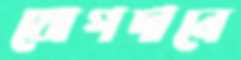
যোগদানে